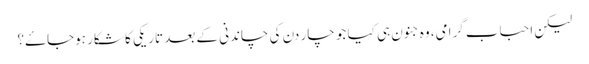
لیکن احباب گرامی، وہ جنون ہی کیا جو چار دن کی چاندنی کے بعد تاریکی کا شکار ہوجاۓ؟